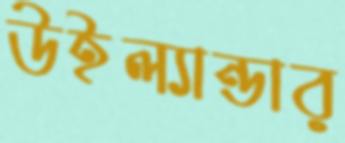
উইল্যান্ডার